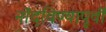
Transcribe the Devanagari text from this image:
नोंदविण्यापूर्वी